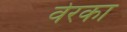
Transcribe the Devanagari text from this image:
वेरका